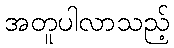
အတူပါလာသည့်